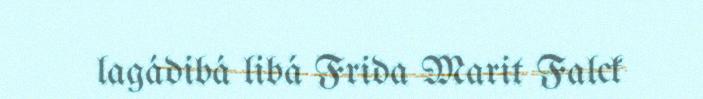
lagádibá libá Frida Marit Falck